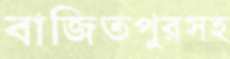
বাজিতপুরসহ